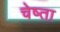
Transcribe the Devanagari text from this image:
चेष्ता